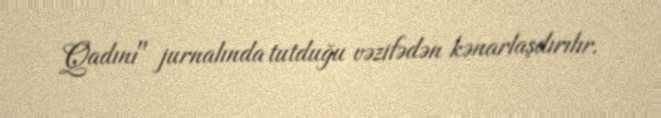
Qadını" jurnalında tutduğu vəzifədən kənarlaşdırılır.